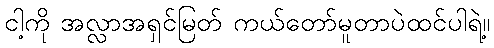
ငါ့ကို အလ္လာအရှင်မြတ် ကယ်တော်မူတာပဲထင်ပါရဲ့။